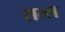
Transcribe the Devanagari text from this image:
सत्ल